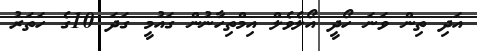
އަދި ތިން ވަނަ ހޯދީ އޯލެވެލް އިމްތިހާނުން ގައުމީ ގަދަ 10ގެ ހަތަރު